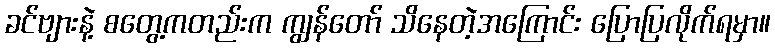
ခင်ဗျားနဲ့ စတွေ့ကတည်းက ကျွန်တော် သိနေတဲ့အကြောင်း ပြောပြလိုက်ရမှာ။